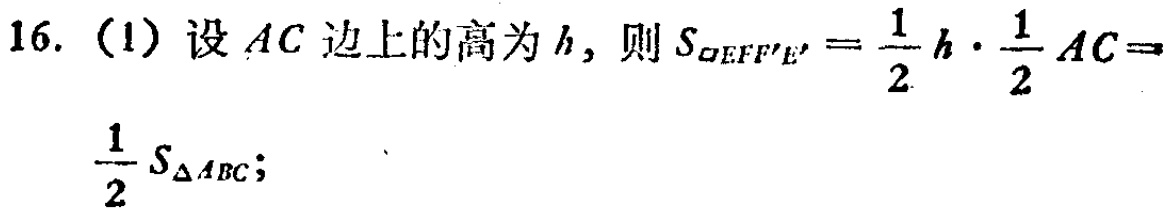
16. (1) 设 \(AC\) 边上的高为 \(h\)，则 \(S_{\square EFF'E'}=\frac{1}{2}h\cdot\frac{1}{2}AC = \frac{1}{2}S_{\triangle ABC}\)；